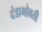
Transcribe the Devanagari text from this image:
दंडाभोवती